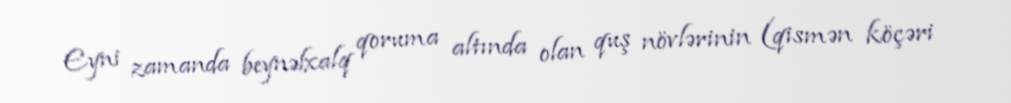
Eyni zamanda beynəlxalq qoruma altında olan quş növlərinin (qismən köçəri